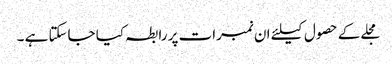
مجلے کے حصول کیلئے ان نمبرات پر رابطہ کیا جاسکتا ہے ۔